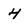
Character: 4